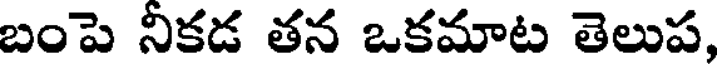
బంపె నీకడ తన ఒకమాట తెలుప,